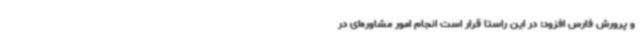
و پرورش فارس افزود: در این راستا قرار است انجام امور مشاوره‌ای در